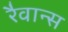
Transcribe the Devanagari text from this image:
रैवान्स